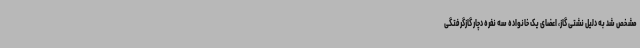
مشخص شد به دلیل نشتی گاز، اعضای یک خانواده سه نفره دچار گازگرفتگی